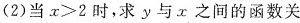
(2)当$$x>2$$时，求y与x之间的函数关